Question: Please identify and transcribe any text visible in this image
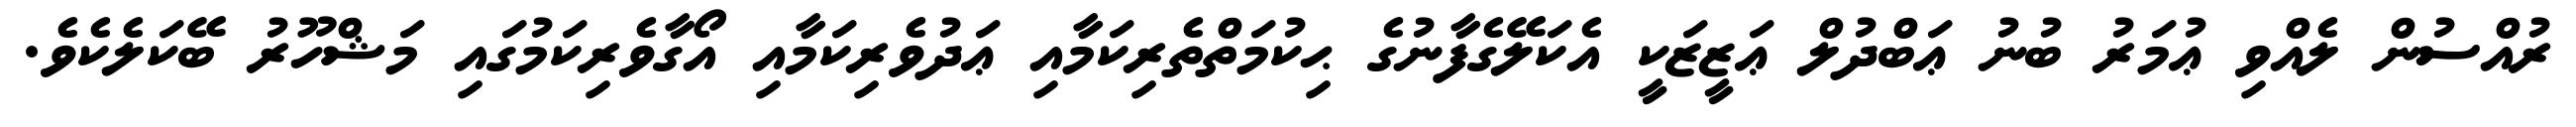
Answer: ރުއްސުން ލެއްވި ޢުމަރު ބުނު ޢަބްދުލް ޢަޒީޒަކީ އެކަލޭގެފާނުގެ ޙިކުމަތްތެރިކަމާއި ޢަދުވެރިކަމާއި އޯގާވެރިކަމުގައި މަޝްހޫރު ބޭކަލެކެވެ.